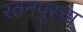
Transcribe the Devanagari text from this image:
रतनपूरचा